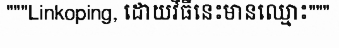
"""Linkoping, ដោយវិធីនេះមានឈ្មោះ"""